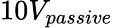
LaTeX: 10V_{passive}